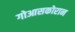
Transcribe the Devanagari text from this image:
गोआसकोरान